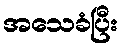
အသေခံပြီး